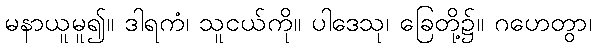
မနာယူမူ၍။ ဒါရကံ၊ သူငယ်ကို။ ပါဒေသု၊ ခြေတို့၌။ ဂဟေတွာ၊